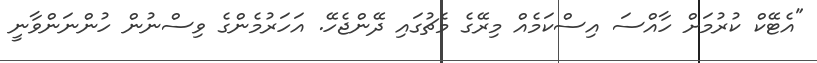
"އެޓޭކް ކުރުމަށް ހާއްސަ އިސްކަމެއް މިރޭގެ މެޗުގައި ދޭންޖެހޭ. އަހަރުމެންގެ ވިސްނުން ހުންނަންވާނީ